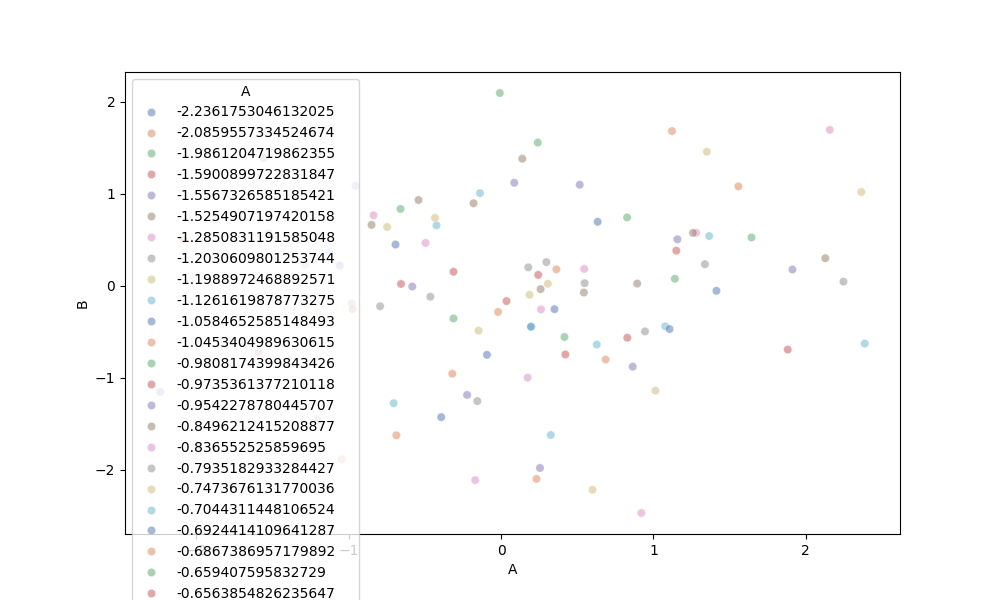
python, seaborn, scatterplot, hue='A', style='None', size='None', palette='deep', alpha=0.5